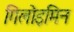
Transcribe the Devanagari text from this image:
गिलोइमिन